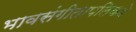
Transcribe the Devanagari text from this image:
भावसंगीतापलिकडे